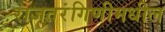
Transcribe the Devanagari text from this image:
राजतरंगिणीमधील